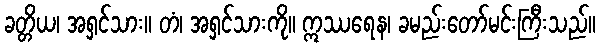
ခတ္တိယ၊ အရှင်သား။ တံ၊ အရှင်သားကို။ ဣဿရေန၊ ခမည်းတော်မင်းကြီးသည်။